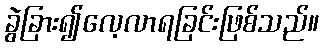
ခွဲခြား၍လေ့လာရခြင်းဖြစ်သည်။